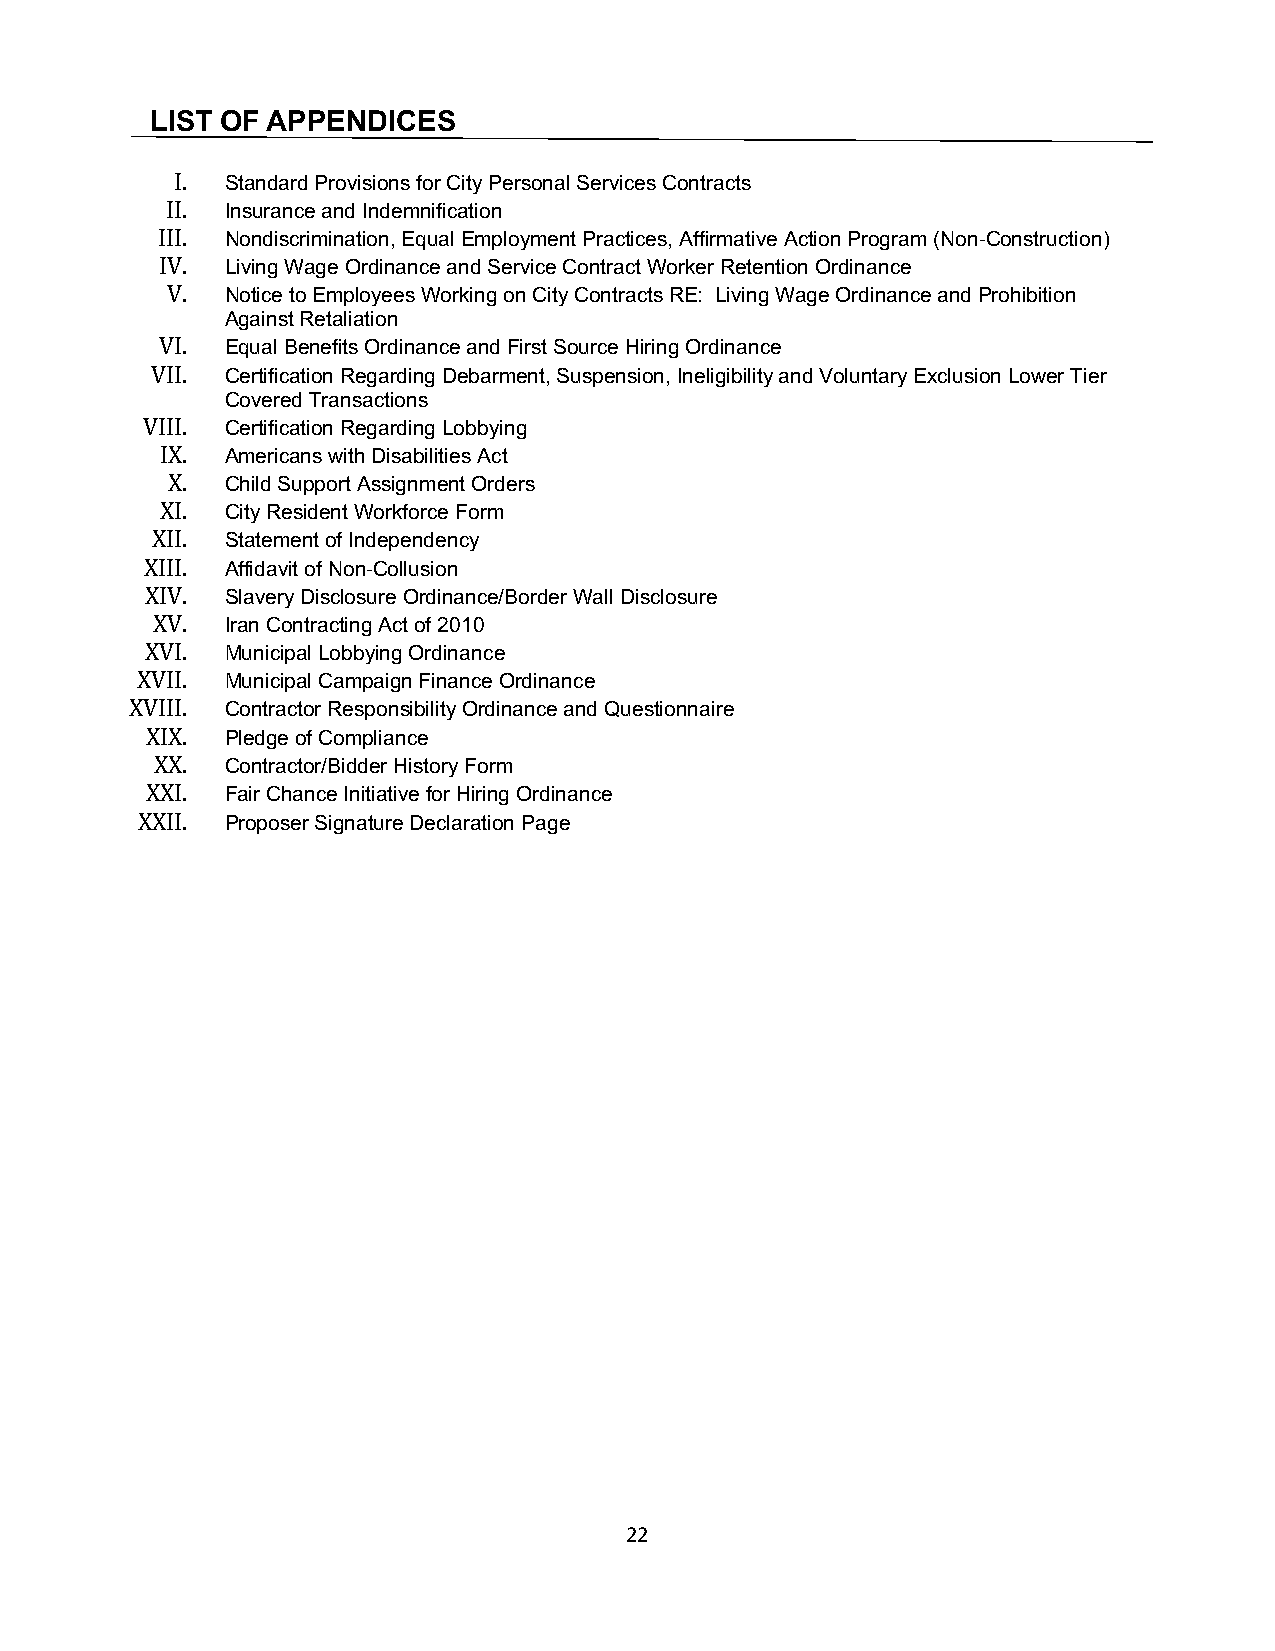
LIST OF APPENDICES
 I. Standard Provisions for City Personal Services Contracts
 II. Insurance and Indemnification
 III. Nondiscrimination, Equal Employment Practices, Affirmative Action Program (Non-Construction)
 IV. Living Wage Ordinance and Service Contract Worker Retention Ordinance
 V.  Notice to Employees Working on City Contracts RE: Living Wage Ordinance and Prohibition
 Against Retaliation
 VI. Equal Benefits Ordinance and First Source Hiring Ordinance
 VII. Certification Regarding Debarment, Suspension, Ineligibility and Voluntary Exclusion Lower Tier
 Covered Transactions
 VIII. Certification Regarding Lobbying
 IX. Americans with Disabilities Act
 X.  Child Support Assignment Orders
 XI. City Resident Workforce Form
 XII. Statement of Independency
 XIII. Affidavit of Non-Collusion
 XIV. Slavery Disclosure Ordinance/Border Wall Disclosure
 XV.  Iran Contracting Act of 2010
 XVI. Municipal Lobbying Ordinance
 XVII. Municipal Campaign Finance Ordinance
 XVIII. Contractor Responsibility Ordinance and Questionnaire
 XIX. Pledge of Compliance
 XX.  Contractor/Bidder History Form
 XXI. Fair Chance Initiative for Hiring Ordinance
 XXII. Proposer Signature Declaration Page
 22